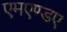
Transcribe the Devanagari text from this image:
एमएण्डए